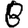
Digit: 8